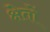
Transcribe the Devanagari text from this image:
क्षेतों